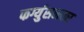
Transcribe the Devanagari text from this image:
फर्ग्युसनवर